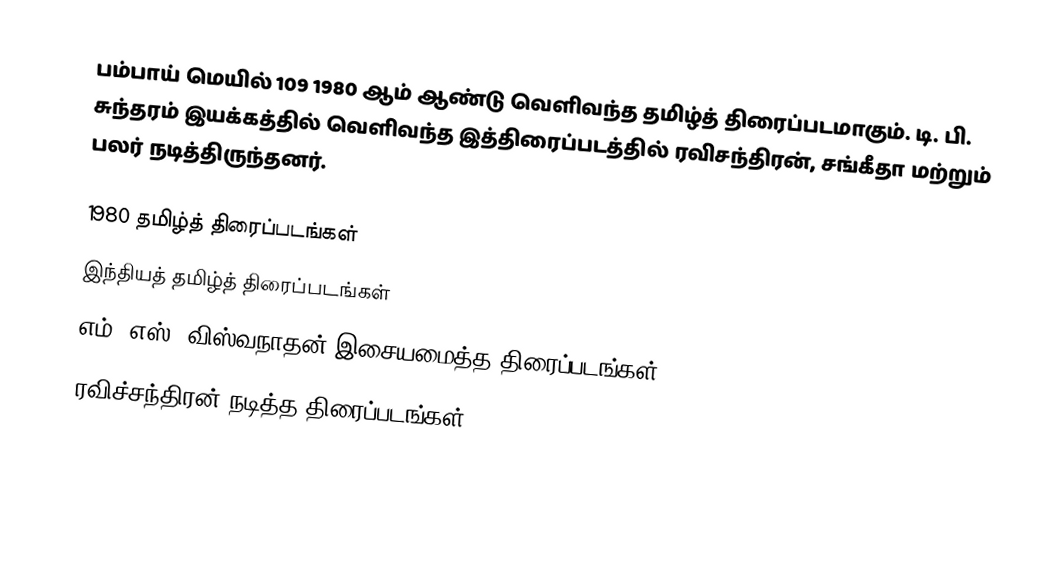
பம்பாய் மெயில் 109 1980 ஆம் ஆண்டு வெளிவந்த தமிழ்த் திரைப்படமாகும். டி. பி. சுந்தரம் இயக்கத்தில் வெளிவந்த இத்திரைப்படத்தில் ரவிசந்திரன், சங்கீதா மற்றும் பலர் நடித்திருந்தனர்.

1980 தமிழ்த் திரைப்படங்கள்
இந்தியத் தமிழ்த் திரைப்படங்கள்
எம். எஸ். விஸ்வநாதன் இசையமைத்த திரைப்படங்கள்
ரவிச்சந்திரன் நடித்த திரைப்படங்கள்